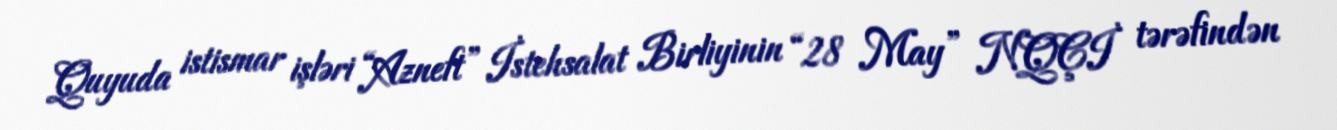
Quyuda istismar işləri “Azneft” İstehsalat Birliyinin “28 May” NQÇİ tərəfindən